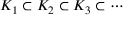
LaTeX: K _ { 1 } \subset K _ { 2 } \subset K _ { 3 } \subset \cdots